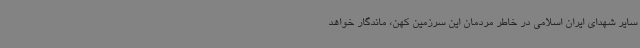
سایر شهدای ایران اسلامی در خاطر مردمان این سرزمین کهن، ماندگار خواهد